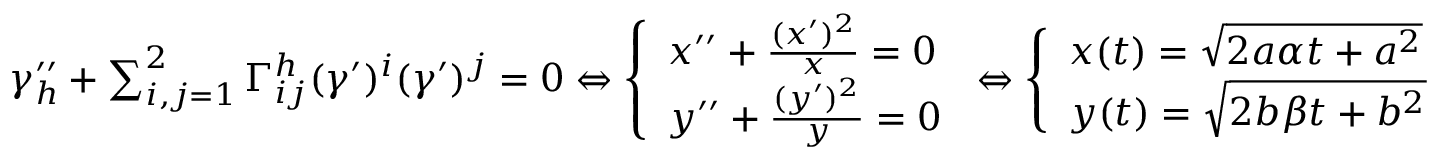
\begin{array} { r } { \gamma _ { h } ^ { \prime \prime } + \sum _ { i , j = 1 } ^ { 2 } \Gamma _ { i j } ^ { h } ( \gamma ^ { \prime } ) ^ { i } ( \gamma ^ { \prime } ) ^ { j } = 0 \Leftrightarrow \left\{ \begin{array} { l l l } { x ^ { \prime \prime } + \frac { ( x ^ { \prime } ) ^ { 2 } } { x } = 0 } \\ { y ^ { \prime \prime } + \frac { ( y ^ { \prime } ) ^ { 2 } } { y } = 0 } \end{array} \right. \Leftrightarrow \left\{ \begin{array} { l l l } { x ( t ) = \sqrt { 2 a \alpha t + a ^ { 2 } } } \\ { y ( t ) = \sqrt { 2 b \beta t + b ^ { 2 } } } \end{array} \right. } \end{array}